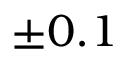
\pm 0 . 1